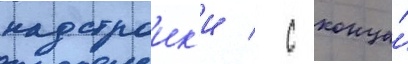
надстроик'и / с конца́